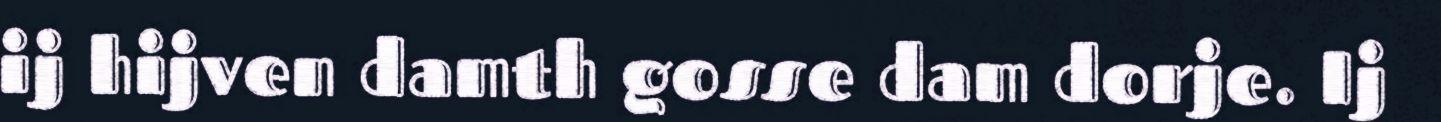
ij hijven damth gosse dam dorje. Ij